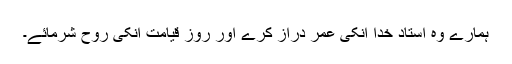
ہمارے وہ استاد خدا انکی عمر دراز کرے اور روز قیامت انکی روح شرمائے۔